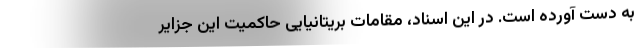
به دست آورده است. در این اسناد، مقامات بریتانیایی حاکمیت این جزایر